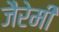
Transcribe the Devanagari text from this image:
जैरेमी